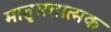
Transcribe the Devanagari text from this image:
मात़ृसत्तात्मक